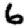
Digit: 6